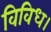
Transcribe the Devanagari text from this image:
विविध।